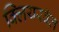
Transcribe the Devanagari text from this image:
क्लियरवॅल